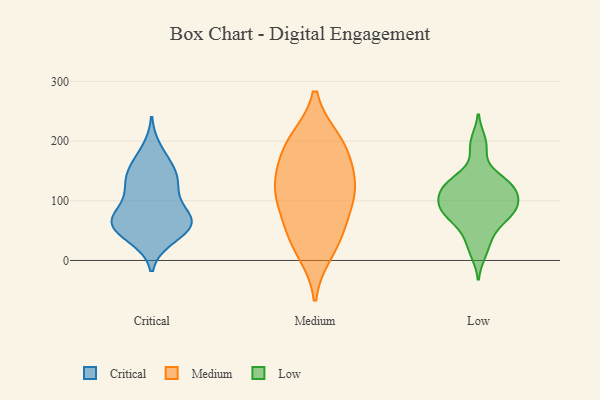
{"axis": {"x": "Net Income (USD K)", "y": "Value"}, "legend": ["Critical", "Low", "Medium"], "data": [{"x": "", "y": 140, "type": "Critical"}, {"x": "", "y": 123, "type": "Critical"}, {"x": "", "y": 148, "type": "Critical"}, {"x": "", "y": 164, "type": "Critical"}, {"x": "", "y": 62, "type": "Critical"}, {"x": "", "y": 38, "type": "Critical"}, {"x": "", "y": 54, "type": "Critical"}, {"x": "", "y": 108, "type": "Critical"}, {"x": "", "y": 72, "type": "Critical"}, {"x": "", "y": 63, "type": "Critical"}, {"x": "", "y": 117, "type": "Critical"}, {"x": "", "y": 62, "type": "Critical"}, {"x": "", "y": 66, "type": "Critical"}, {"x": "", "y": 37, "type": "Critical"}, {"x": "", "y": 69, "type": "Critical"}, {"x": "", "y": 186, "type": "Critical"}, {"x": "", "y": 145, "type": "Critical"}, {"x": "", "y": 76, "type": "Critical"}, {"x": "", "y": 114, "type": "Medium"}, {"x": "", "y": 49, "type": "Medium"}, {"x": "", "y": 123, "type": "Medium"}, {"x": "", "y": 150, "type": "Medium"}, {"x": "", "y": 94, "type": "Medium"}, {"x": "", "y": 43, "type": "Medium"}, {"x": "", "y": 200, "type": "Medium"}, {"x": "", "y": 189, "type": "Medium"}, {"x": "", "y": 16, "type": "Medium"}, {"x": "", "y": 118, "type": "Medium"}, {"x": "", "y": 194, "type": "Medium"}, {"x": "", "y": 130, "type": "Low"}, {"x": "", "y": 111, "type": "Low"}, {"x": "", "y": 114, "type": "Low"}, {"x": "", "y": 27, "type": "Low"}, {"x": "", "y": 74, "type": "Low"}, {"x": "", "y": 131, "type": "Low"}, {"x": "", "y": 199, "type": "Low"}, {"x": "", "y": 84, "type": "Low"}, {"x": "", "y": 96, "type": "Low"}, {"x": "", "y": 66, "type": "Low"}, {"x": "", "y": 79, "type": "Low"}, {"x": "", "y": 131, "type": "Low"}, {"x": "", "y": 93, "type": "Low"}, {"x": "", "y": 96, "type": "Low"}, {"x": "", "y": 188, "type": "Low"}, {"x": "", "y": 51, "type": "Low"}, {"x": "", "y": 128, "type": "Low"}, {"x": "", "y": 87, "type": "Low"}, {"x": "", "y": 14, "type": "Low"}, {"x": "", "y": 129, "type": "Low"}]}